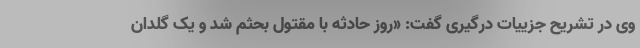
وی در تشریح جزییات درگیری گفت: «روز حادثه با مقتول بحثم شد و یک گلدان